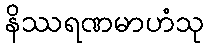
နိဿရဏမာဟံသု